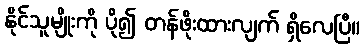
နိုင်သူမျိုးကို ပို၍ တန်ဖိုးထားလျက် ရှိလေပြီ။